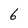
Character: 6